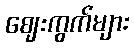
ဈေးကွက်များ